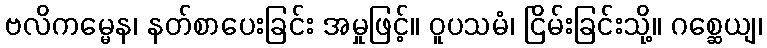
ဗလိကမ္မေန၊ နတ်စာပေးခြင်း အမှုဖြင့်။ ဝူပသမံ၊ ငြိမ်းခြင်းသို့။ ဂစ္ဆေယျ၊